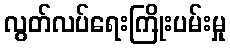
လွတ်လပ်ရေးကြိုးပမ်းမှု